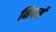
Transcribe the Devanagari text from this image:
निपर्स